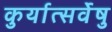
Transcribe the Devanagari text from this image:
कुर्यात्सर्वेषु